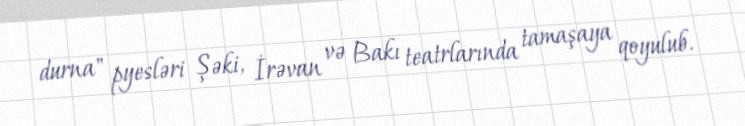
durna" pyesləri Şəki, İrəvan və Bakı teatrlarında tamaşaya qoyulub.